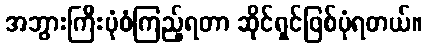
အဘွားကြီးပုံစံကြည့်ရတာ ဆိုင်ရှင်ဖြစ်ပုံရတယ်။